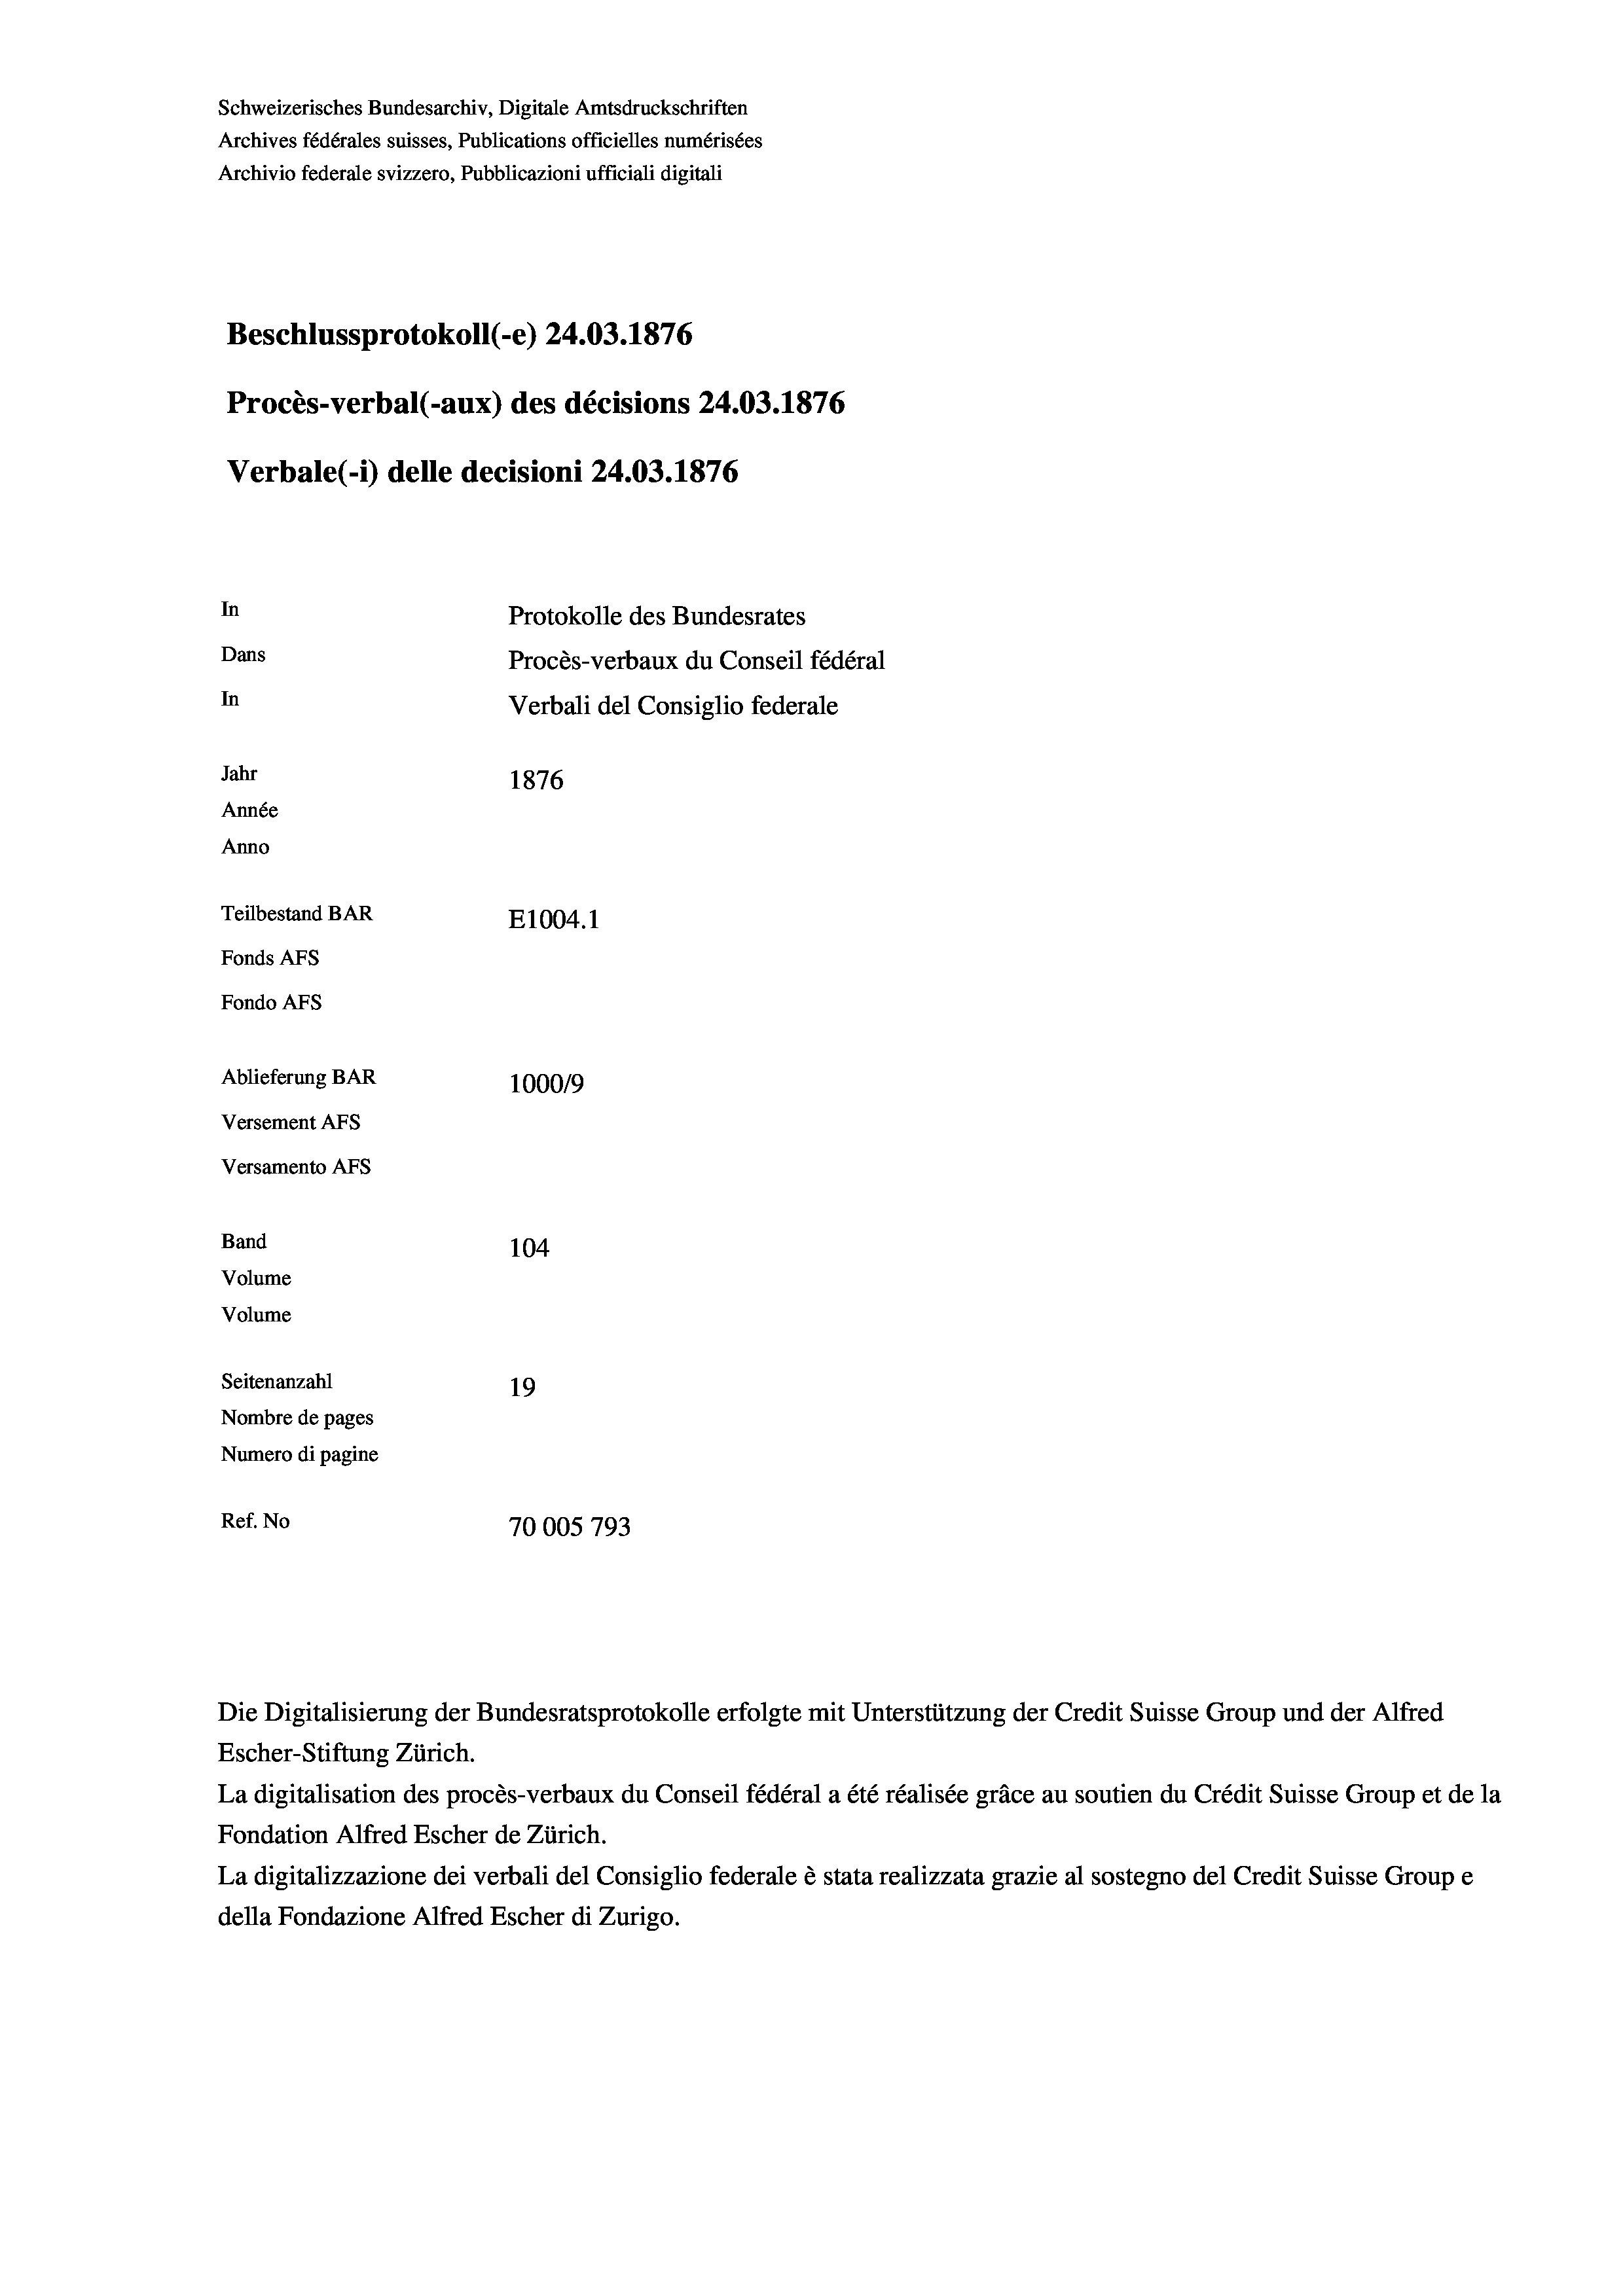
Schweizerisches Bundesarchiv, Digitale Amtsdruckschriften
Archives fédérales suisses, Publications officielles numérisées
Archivio federale svizzero, Pubblicazioni ufficiali digitali
Beschlussprotokoll (-e) 24.03. 1876
Procès-verbal (-aux) des décisions 24.03. 1876
Verbale (- 1) delle decisioni 24.03. 1876
In
Protokolle des Bundesrates
Dans
Procès-verbaux du Conseil fédéral
In
Verbali del Consiglio federale
Jahr
1876
Année
Anno
Teilbestand BAR
E1004.1
Fonds AFs
Fondo AFs
Ablieferung BAR
1000/9
Versement Abs
Versamento AFs
Band
104

Seitenanzahl
19
Nombre de pages
Numero di pagine
Ref. No
70005 793

Volume
Volume

Die Digitalisierung der Bundesratsprotokolle erfolgte mit Unterstützung der Credit Suisse Group und der Alfred
Escher-Stiftung Zürich.
La digitalisation des procès-verbaux du Conseil fédéral a été réalisée gräce au soutien du Crédit Suisse Group et de la
Fondation Alfred Escher de Zürich.
La digitalizzazione dei verbali del Consiglio federale è stata realizzata grazie al sostegno del Credit Suisse Groupe
della Fondazione Alfred Escher di Zurigo.